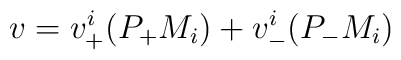
v=v_{+}^{i}(P_{+}M_{i})+v_{-}^{i}(P_{-}M_{i})